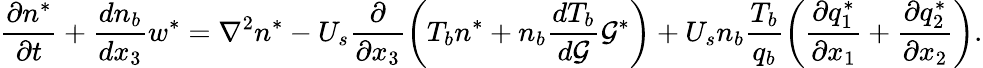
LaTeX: \frac{\partial n^{*}}{\partial t}+\frac{dn_{b}}{dx_{3}}w^{*}=\nabla^{2}n^{*}-U_{s}\frac{\partial}{\partial x_{3}}\left(T_{b}n^{*}+n_{b}\frac{dT_{b}}{d\mathcal{G}}\mathcal{G}^{*}\right)+U_{s}n_{b}\frac{T_{b}}{q_{b}}\left(\frac{\partial q_{1}^{*}}{\partial x_{1}}+\frac{\partial q_{2}^{*}}{\partial x_{2}}\right).